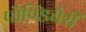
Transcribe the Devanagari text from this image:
पौण्डिचैरी